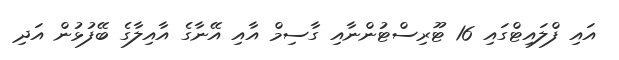
އައި ފްލައިޓްގައި 16 ޓޫރިސްޓުންނާއި ގާސިމް އާއި އޭނާގެ އާއިލާގެ ބޭފުޅުން އަދި